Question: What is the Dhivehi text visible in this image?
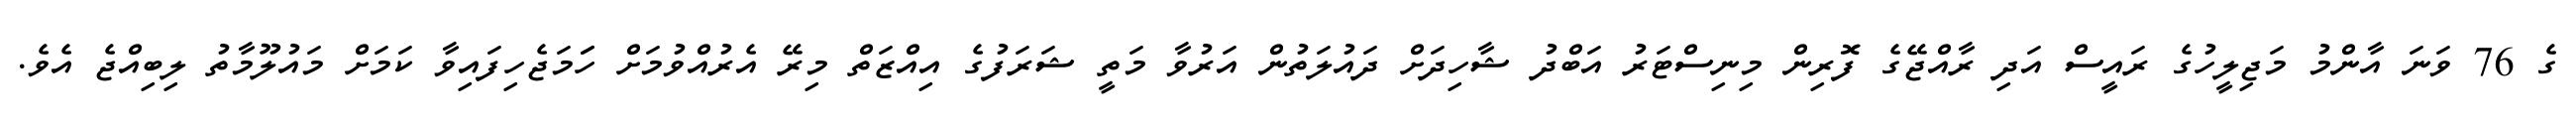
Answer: ގެ 76 ވަނަ އާންމު މަޖިލީހުގެ ރައީސް އަދި ރާއްޖޭގެ ފޮރިން މިނިސްޓަރު އަބްދު ޝާހިދަށް ދައުލަތުން އަރުވާ މަތީ ޝަރަފުގެ އިއްޒަތް މިރޭ އެރުއްވުމަށް ހަަމަޖެހިފައިވާ ކަމަށް މައުލޫމާތު ލިބިއްޖެ އެވެ.